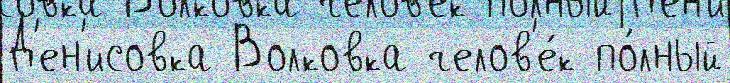
Д'ен'исовка Волковка челов'е́к по́лный